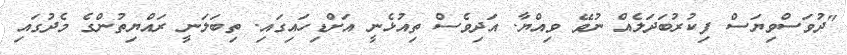
"ދުވަސްވިޔަސް ފިކުރުބަދަލެއް ނުވޭ ވިއްޔާ. އަދިވެސް ތިއުޅެނީ އަށްޑިހައިގައި. ތިބަލަނީ ރައްޔިތުންގެ މެދުގައި